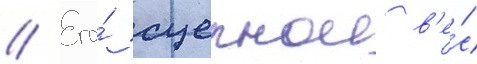
// Его́ сцепнои в'е́с